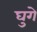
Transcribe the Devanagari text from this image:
घुगे